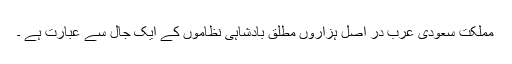
مملکت سعودى عرب در اصل ہزاروں مطلق بادشاہى نظاموں کے ایک جال سے عبارت ہے ۔